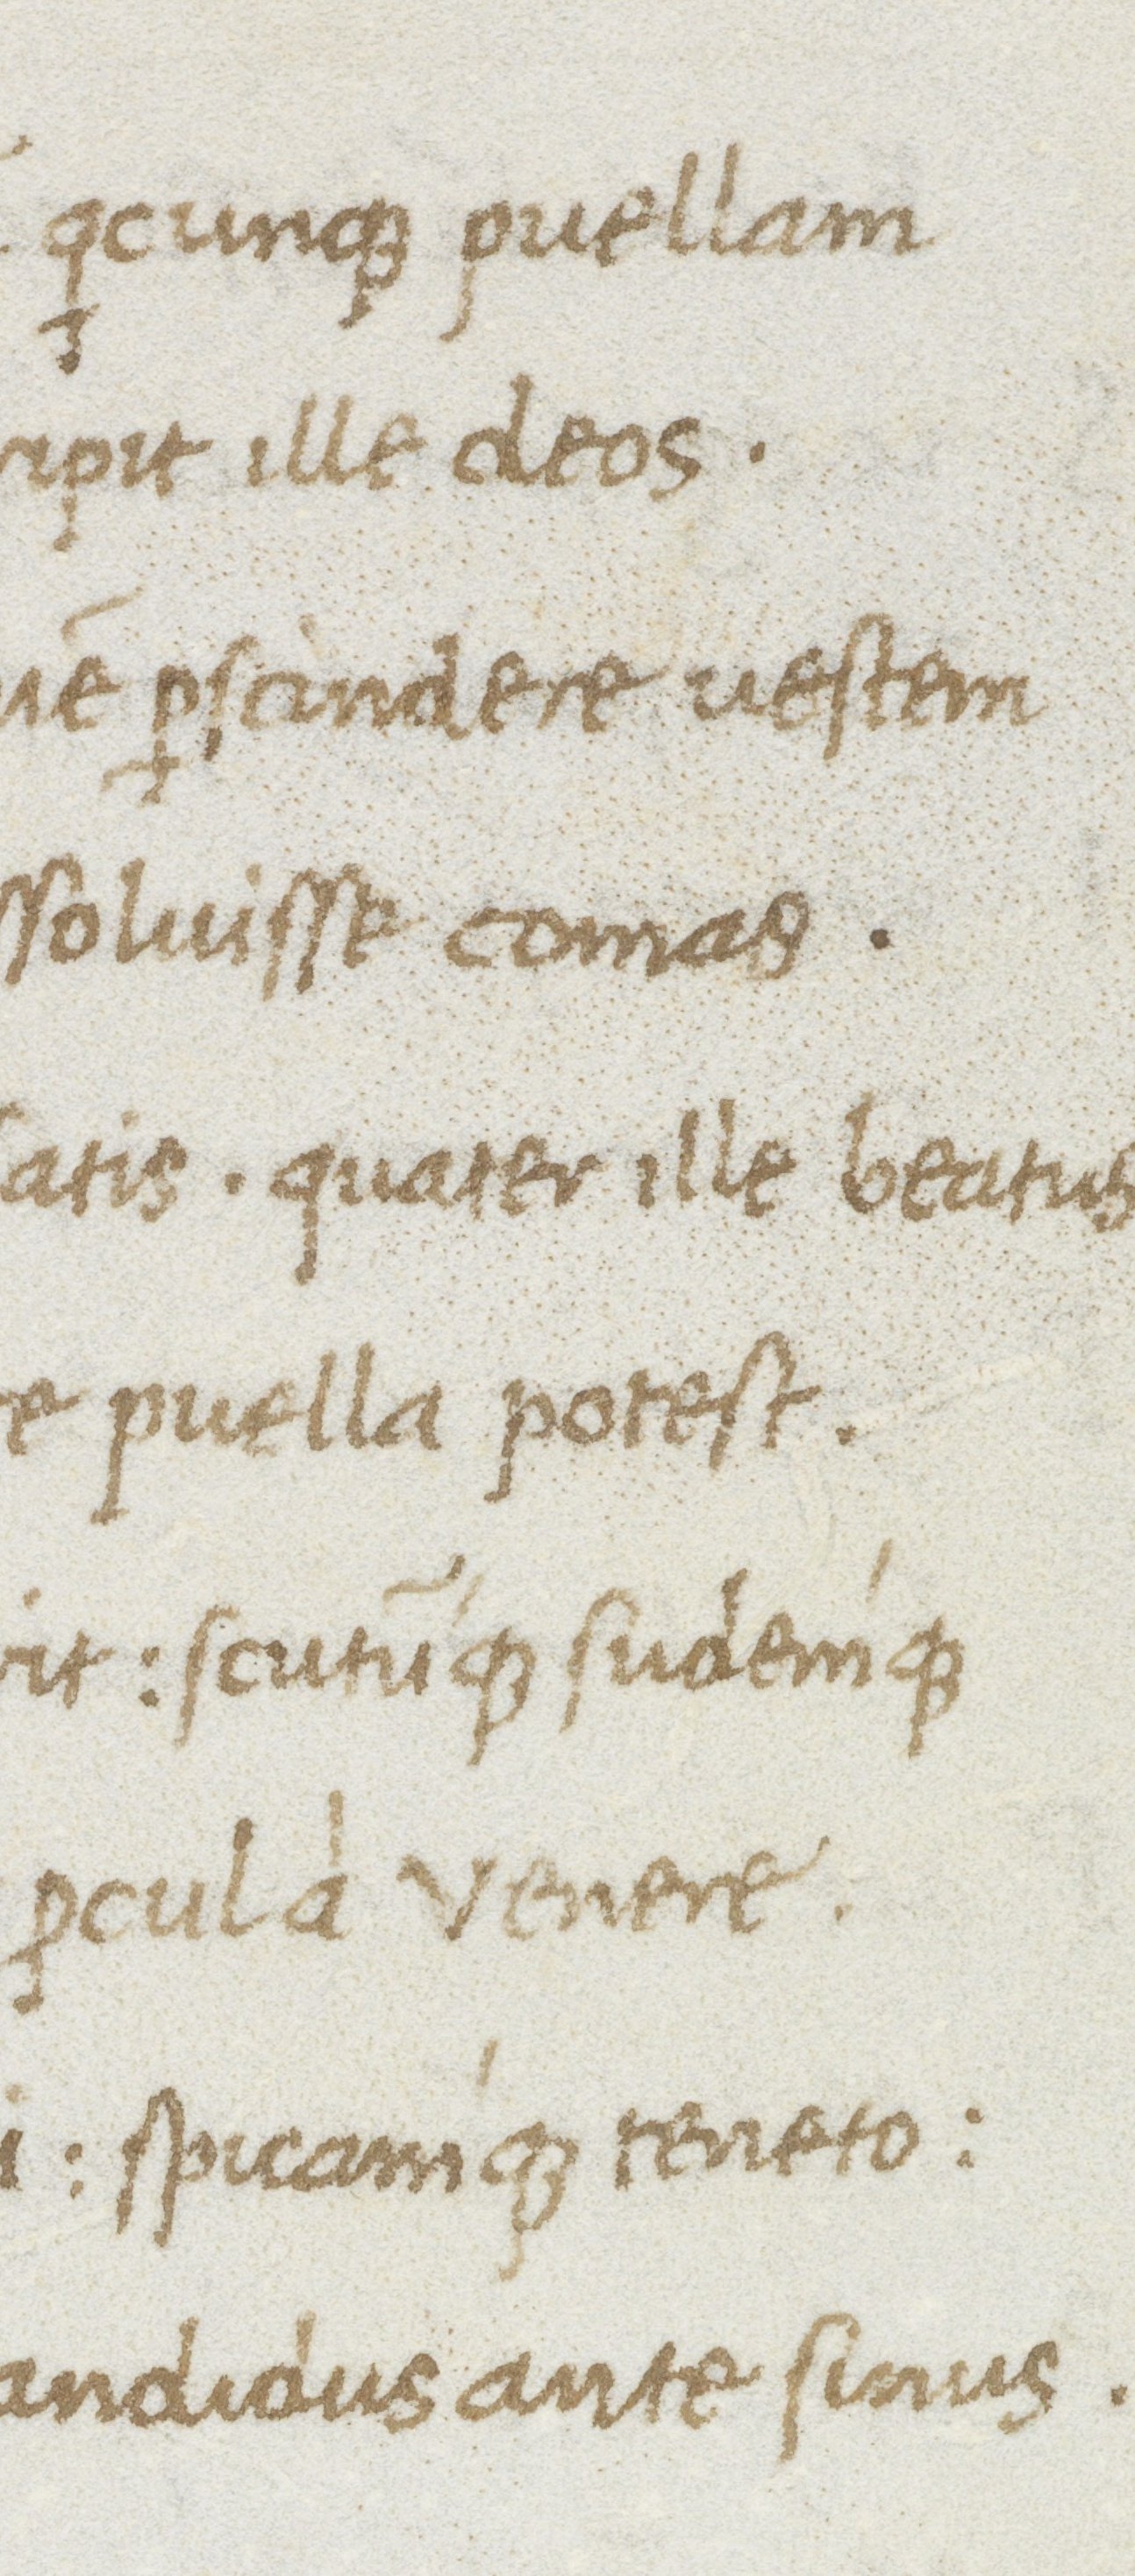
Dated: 1475–1495